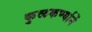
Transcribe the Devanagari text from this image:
कुळकर्ण्यानें